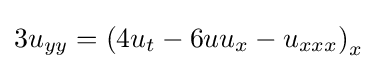
3u_{yy}=\left(4u_{t}-6uu_{x}-u_{xxx}\right)_{x}